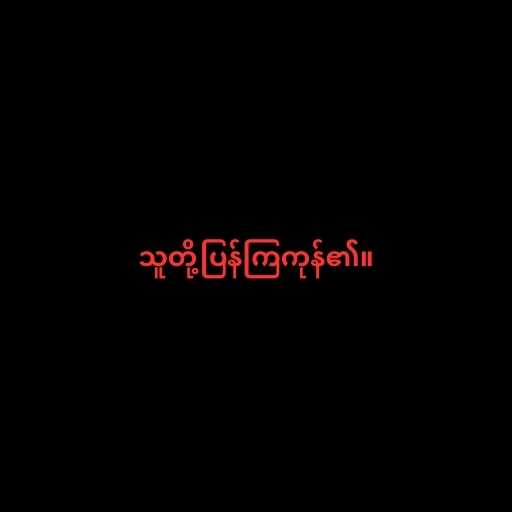
သူတို့ပြန်ကြကုန်၏။